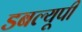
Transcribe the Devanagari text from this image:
डबल्यूपी